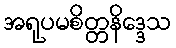
အရုပမစိတ္တနိဒ္ဒေသ